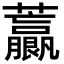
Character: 𧅋